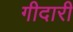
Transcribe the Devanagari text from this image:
गीदारी